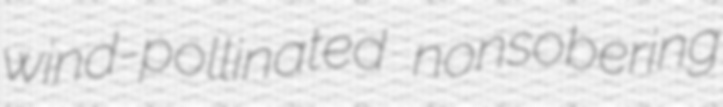
wind-pollinated nonsobering